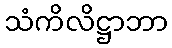
သံကိလိဋ္ဌာဘာ